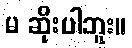
မ ဆိုးပါဘူး။